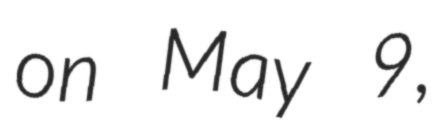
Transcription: on May 9,